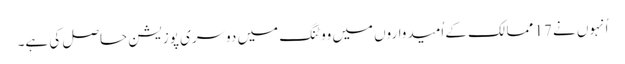
اُنہوں نے 17 ممالک کے اُمیدواروں میں ووٹنگ میں دوسری پوزیشن حاصل کی ہے۔